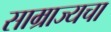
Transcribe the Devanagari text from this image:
साम्राज्यचा